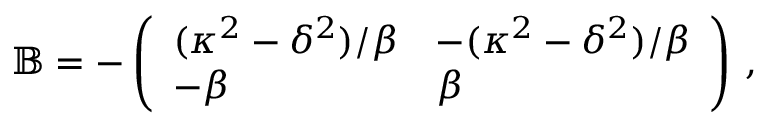
\begin{array} { r } { \mathbb { B } = - \left( \begin{array} { l l } { ( \kappa ^ { 2 } - \delta ^ { 2 } ) / \beta } & { - ( \kappa ^ { 2 } - \delta ^ { 2 } ) / \beta } \\ { - \beta } & { \beta } \end{array} \right) \, , } \end{array}